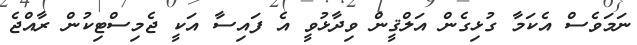
ނަމަވެސް އެކަމާ ގުޅިގެން އަލްޤީން ވިދާޅުވީ އެ ފައިސާ އަކީ ޖެމިސްޓިކުން ރާއްޖެ